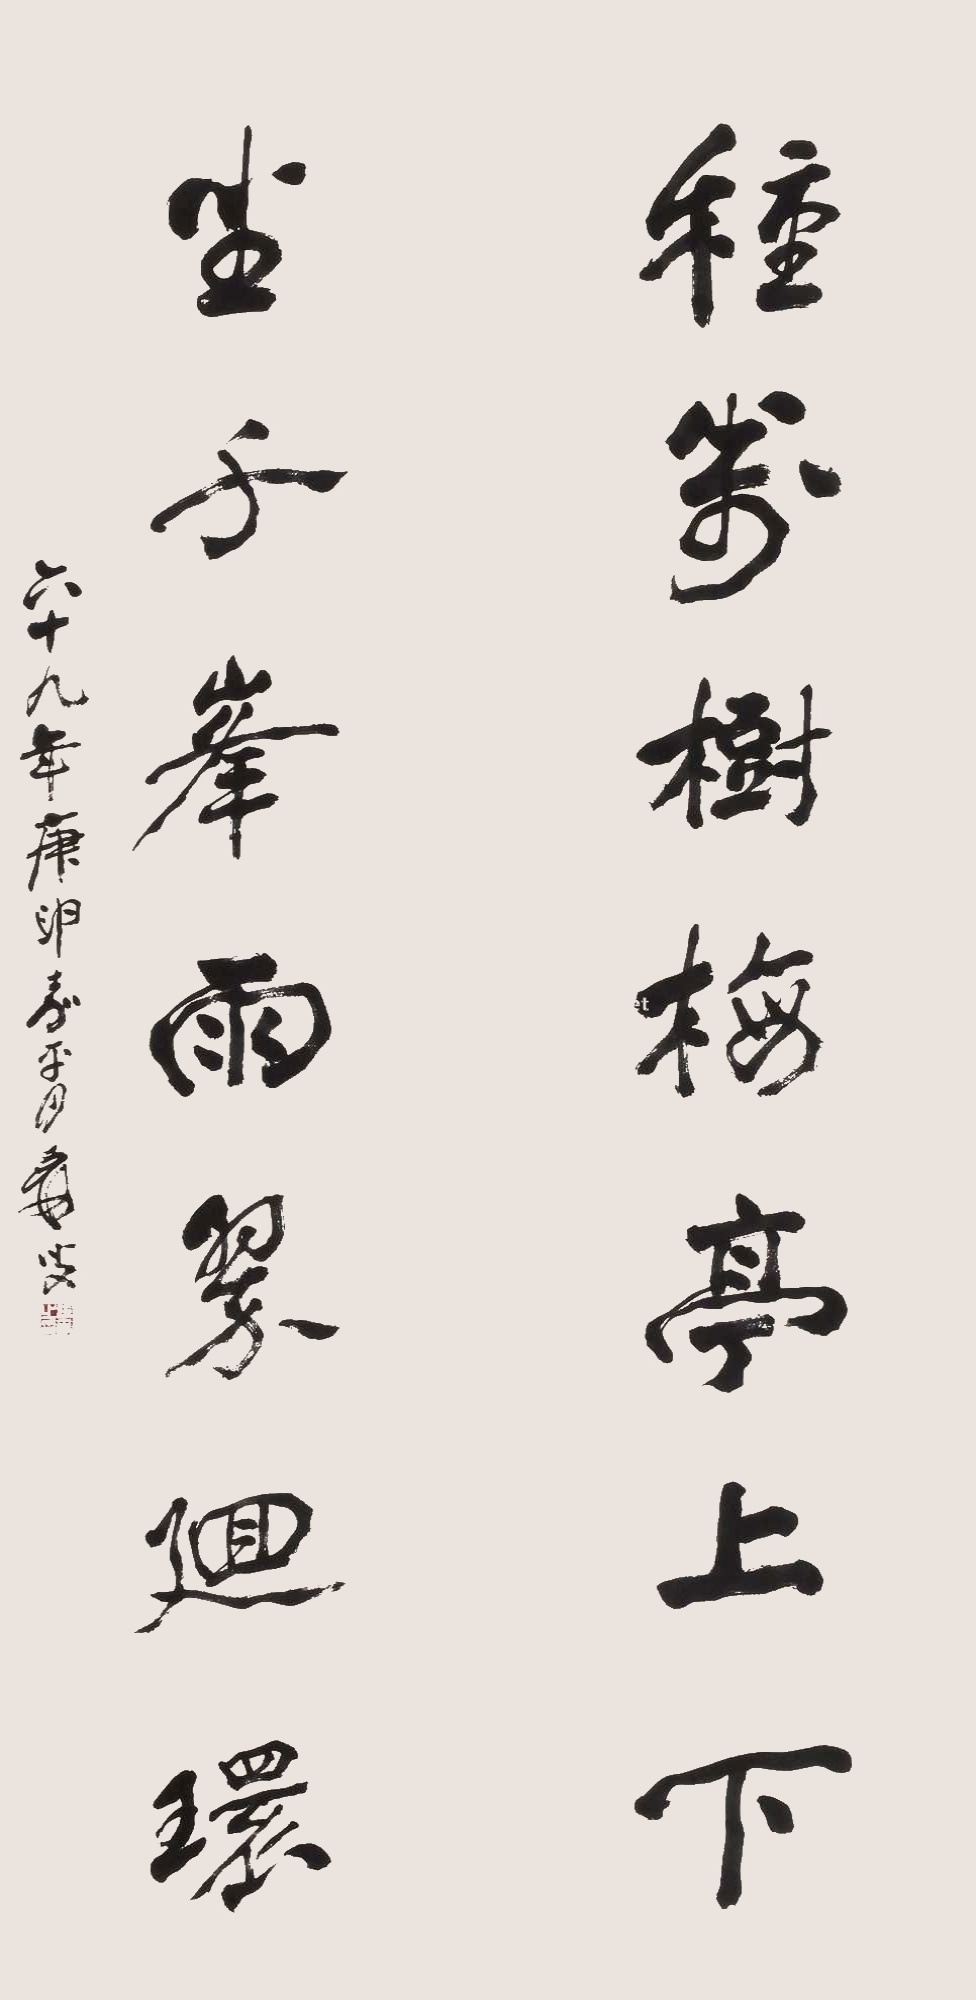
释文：种万树梅亭上下，坐千峰雨翠回环。六十九年庚申春月，张大千写。